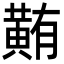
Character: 䵋